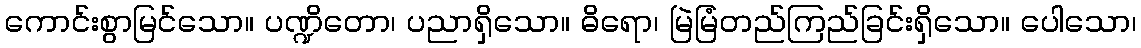
ကောင်းစွာမြင်သော။ ပဏ္ဍိတော၊ ပညာရှိသော။ ဓိရော၊ မြဲမြံတည်ကြည်ခြင်းရှိသော။ ပေါသော၊